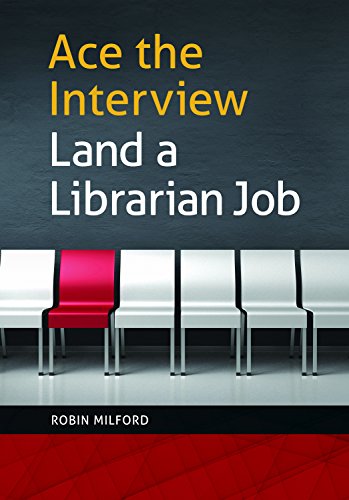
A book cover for Ace the Interview, Land a Librarian Job; Robin Milford; Business & Money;